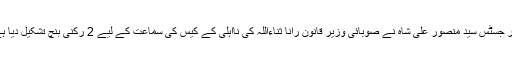
ابھی چند روز پہلے ہی سید ناصرعباس شیرازی کی اپیل پر لاہور ہائی کورٹ کے چیف جسٹس مسٹر جسٹس سید منصور علی شاہ نے صوبائی وزیر قانون رانا ثناءاللہ کی نااہلی کے کیس کی سماعت کے لیے 2 رکنی بنچ تشکیل دیا ہے، انٹرا کورٹ اپیل ناصر عباس شیرازی نے ایڈووکیٹ فدا حسین رانا کی وساطت سے دائر کی ہے۔